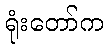
ရုံးတော်က